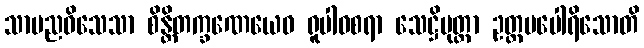
သာမညဝိသေသာ စိန္တိတက္ခဏေယေဝ ရူပါဝစရာ သေဋ္ဌိပုတ္တာ ဥတ္တမပေါရိသောတိ